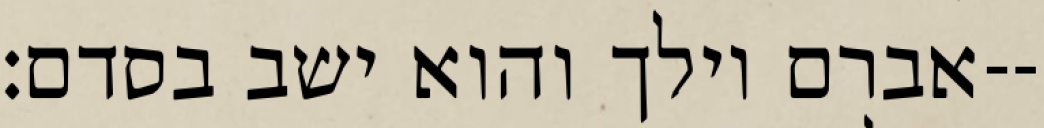
אברם וילך והוא ישב בסדם׃--